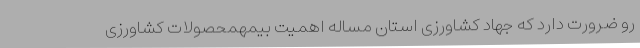
رو ضرورت دارد که جهاد کشاورزی استان مساله اهمیت بیمهمحصولات کشاورزی